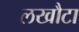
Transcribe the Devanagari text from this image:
लखौटा